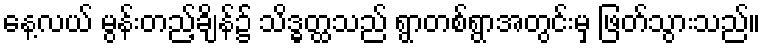
နေ့လယ် မွန်းတည့်ချိန်၌ သိဒ္ဓတ္ထသည် ရွာတစ်ရွာအတွင်းမှ ဖြတ်သွားသည်။